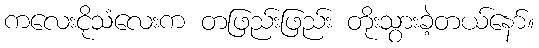
ကလေးငိုသံလေးက တဖြည်းဖြည်း တိုးသွားခဲ့တယ်နော်။